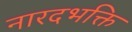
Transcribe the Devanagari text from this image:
नारदभक्ति